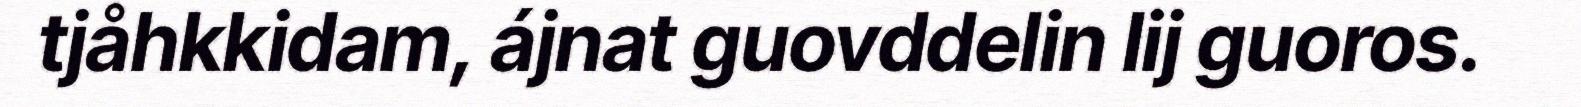
tjåhkkidam, ájnat guovddelin lij guoros.